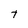
Character: t